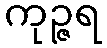
ကုဉ္ဇရ